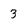
Character: 3